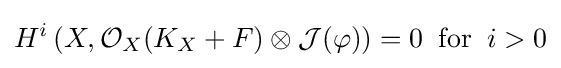
H^{i}\left(X,{\mathcal {O}}_{X}(K_{X}+F)\otimes {\mathcal {J}}(\varphi )\right)=0\;\;{\text{for}}\;\;i>0